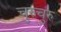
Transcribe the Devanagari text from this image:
चुरुचुरु